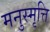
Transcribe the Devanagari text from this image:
मनुस्मृत्ति